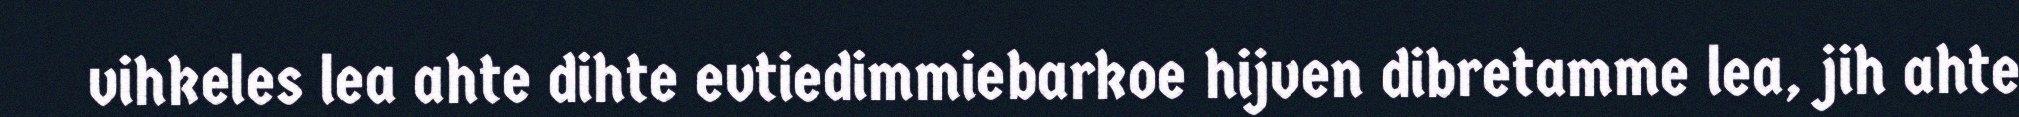
vihkeles lea ahte dihte evtiedimmiebarkoe hijven dibretamme lea, jih ahte